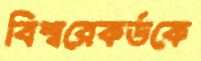
বিশ্বরেকর্ডকে